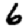
Digit: 6